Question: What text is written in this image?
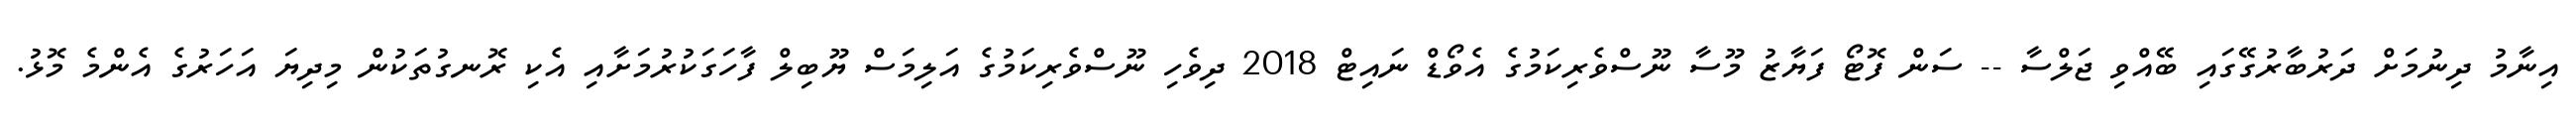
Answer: އިނާމު ދިނުމަށް ދަރުބާރުގޭގައި ބޭއްވި ޖަލްސާ -- ސަން ފޮޓޯ ފަޔާޒު މޫސާ ނޫސްވެރިކަމުގެ އެވޯޑް ނައިޓް 2018 ދިވެހި ނޫސްވެރިކަމުގެ އަލިމަސް ޔޫބިލް ފާހަގަކުރުމަށާއި އެކި ރޮނގުތަކުން މިދިޔަ އަހަރުގެ އެންމެ މޮޅު.